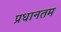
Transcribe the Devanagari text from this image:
प्रधानतम